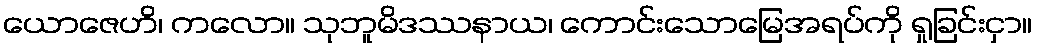
ယောဇေဟိ၊ ကလော။ သုဘူမိဒဿနာယ၊ ကောင်းသောမြေအရပ်ကို ရှုခြင်းငှာ။